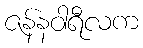
ဇန်နဝါရီလက